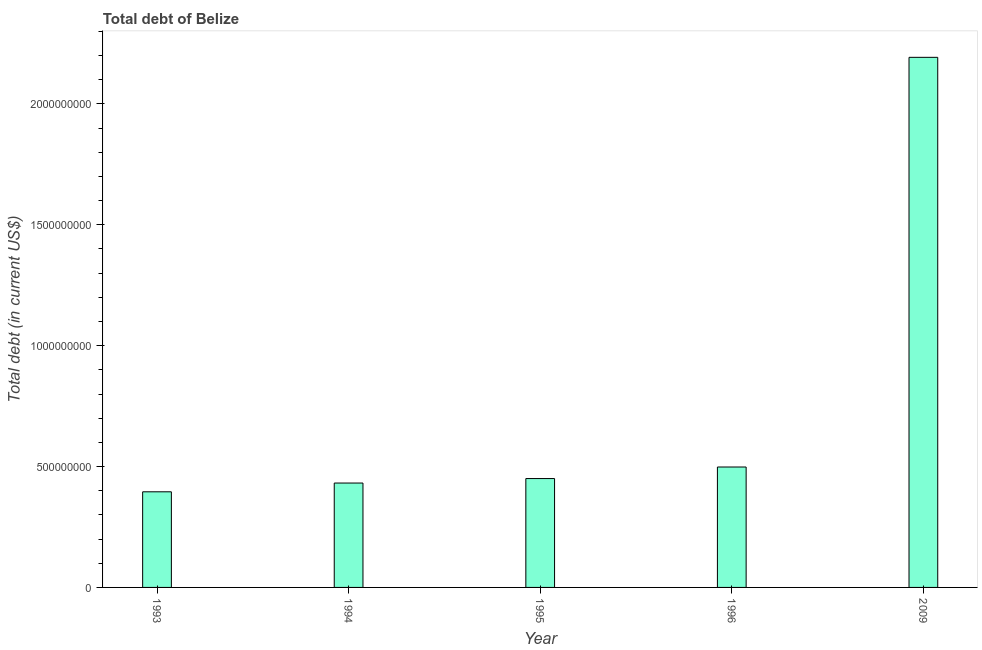
| Year | Central government debt |
 | --- | --- |
 | 1993 | 3.96e+08 |
 | 1994 | 4.32e+08 |
 | 1995 | 4.5e+08 |
 | 1996 | 4.98e+08 |
 | 2009 | 2.19e+09 |